Report of an investigation of the epidemic of malarial fever in Assam, or, kala-azar
Disease focus: Malaria
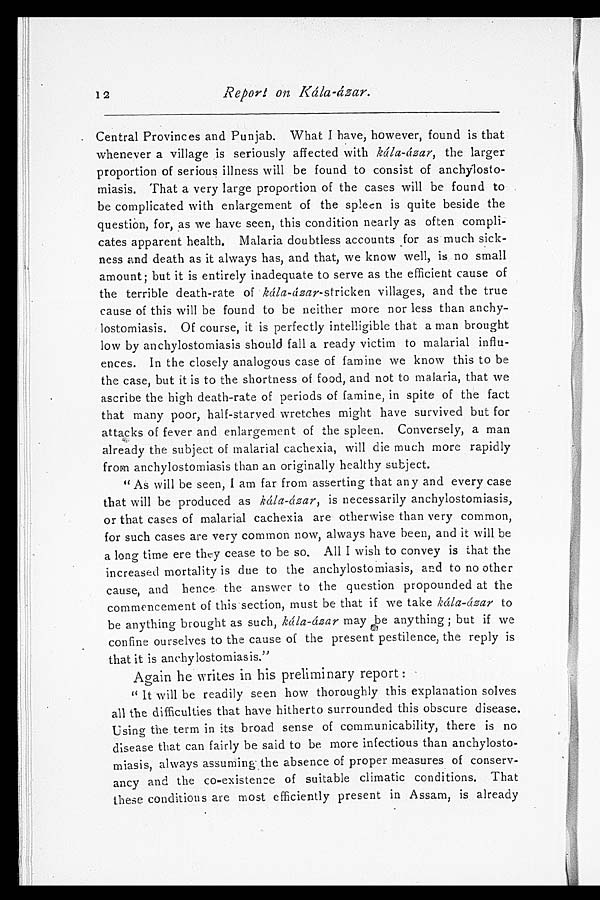
Report on Kála-ázar.
Central Provinces and Punjab. What I have, however, found is that
whenever a village is seriously affected with kála-ázar, the larger
proportion of serious illness will be found to consist of anchylosto-
miasis. That a very large proportion of the cases will be found to
be complicated with enlargement of the spleen is quite beside the
question, for, as we have seen, this condition nearly as often compli-
cates apparent health. Malaria doubtless accounts for as much sick-
ness and death as it always has, and that, we know well, is no small
amount; but it is entirely inadequate to serve as the efficient cause of
the terrible death-rate of kála-ázar stricken villages, and the true
cause of this will be found to be neither more nor less than anchy-
lostomiasis. Of course, it is perfectly intelligible that a man brought
low by anchylostomiasis should fall a ready victim to malarial influ-
ences. In the closely analogous case of famine we know this to be
the case, but it is to the shortness of food, and not to malaria, that we
ascribe the high death-rate of periods of famine, in spite of the fact
that many poor, half-starved wretches might have survived but for
attacks of fever and enlargement of the spleen. Conversely, a man
already the subject of malarial cachexia, will die much more rapidly
from anchylostomiasis than an originally healthy subject.
" As will be seen, I am far from asserting that any and every case
that will be produced as kála-ázar, is necessarily anchylostomiasis,
or that cases of malarial cachexia are otherwise than very common,
for such cases are very common now, always have been, and it will be
a long time ere they cease to be so. All I wish to convey is that the
increased mortality is due to the anchylostomiasis, and to no other
cause, and hence the answer to the question propounded at the
commencement of this section, must be that if we take kála-ázar to
be anything brought as such, kála-ázar may be anything; but if we
confine ourselves to the cause of the present pestilence, the reply is
that it is anchylostomiasis."
Again he writes in his preliminary report:
" I t w i l l b e r e a d i l y s e e n h o w t h o r o u g h l y t h i s e x p l a n a t i o n s o l v e s
all the difficulties that have hitherto surrounded this obscure disease.
Using the term in its broad sense of communicability, there is no
disease that can fairly be said to be more infectious than anchylosto-
miasis, always assuming the absence of proper measures of conserv-
ancy and the co-existence of suitable climatic conditions. That
these conditions are most efficiently present in Assam, is already
1 2